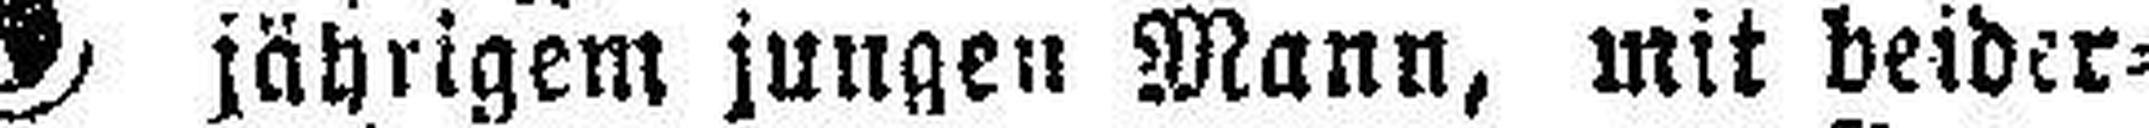
jährigem jungen Mann, mit beider¬